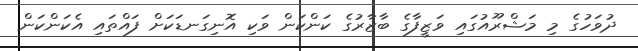
ދުވަހުގެ މި މަޝްރޫއުގައި ވަޒީފާގެ ބާޒާރުގެ ކަންކަން ވަކި އޮނިގަނޑަކަށް ފައްތައި އެކަންކަން